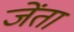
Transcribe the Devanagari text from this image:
जेंता